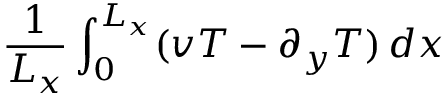
\frac { 1 } { L _ { x } } \int _ { 0 } ^ { L _ { x } } ( v T - \partial _ { y } T ) \, d x